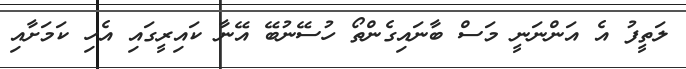
ލަތީފު އެ އަންނަނީ މަސް ބާނައިގެންތޯ ހުސޭނުބޭ އޭނާ ކައިރީގައި އެހި ކަމަށާއި